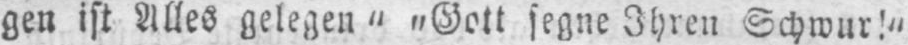
gen ist Alles gelegen“ „Gott segne Ihren Schwur!“